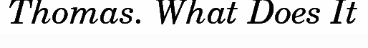
Thomas. What Does It